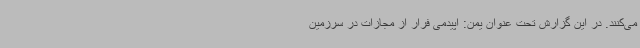
می‌کنند. در این گزارش تحت عنوان یمن: اپیدمی فرار از مجازات در سرزمین